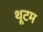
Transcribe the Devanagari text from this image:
थूटम